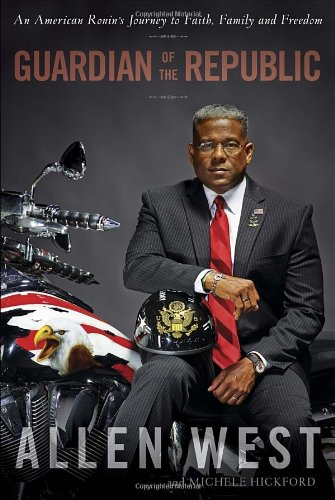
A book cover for Guardian of the Republic: An American Ronin's Journey to Faith, Family and Freedom; Allen West; Biographies & Memoirs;